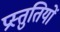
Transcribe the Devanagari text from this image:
प्रस्‍तुतियों